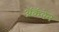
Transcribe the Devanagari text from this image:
अॅकॅयेन